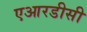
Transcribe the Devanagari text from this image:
एआरडीसी